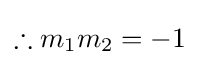
\therefore m_{1}m_{2}=-1